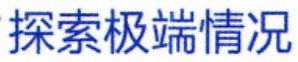
探索极端情况